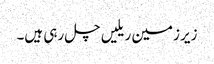
زیر زمین ریلیں چل رہی ہیں۔